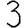
Digit: 3